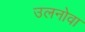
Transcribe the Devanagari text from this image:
उलनोवा